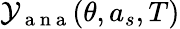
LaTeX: \mathcal{Y}_{\mathrm{~a~n~a~}}(\theta,a_{s},T)